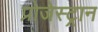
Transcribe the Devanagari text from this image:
प्रोजेस्ट्रान